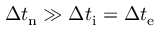
\Delta t _ { \mathrm { n } } \gg \Delta t _ { \mathrm { i } } = \Delta t _ { \mathrm { e } }